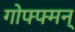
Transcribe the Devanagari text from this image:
गोफ्फ्मन्